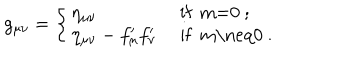
g _ { \mu \nu } = \left\{ \left\{ \begin{cases} { { \eta _ { \mu \nu } } } & { { i f m = 0 ; } } \\ { { \eta _ { \mu \nu } - f _ { \mu } ^ { \prime } f _ { \nu } ^ { \prime } } } & { { i f m \neq 0 . } } \\ \end{cases} \right. \right.